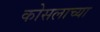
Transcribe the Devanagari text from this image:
कोसलाच्या